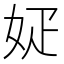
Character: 𡛫